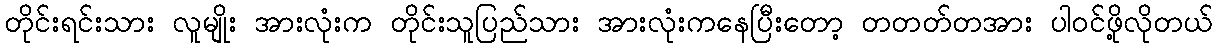
တိုင်းရင်းသား လူမျိုး အားလုံးက တိုင်းသူပြည်သား အားလုံးကနေပြီးတော့ တတတ်တအား ပါဝင်ဖို့လိုတယ်